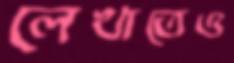
লেখাতেও